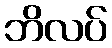
ဘိလပ်